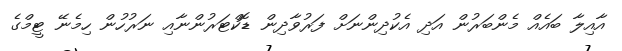
އާއިލާ ބައެއް މެންބަރުން އަދި އެކުދިންނަށް ފަރުވާދިން ޑޮކްޓަރުންނާއި ނަރުހުން ހިމެނޭ ޓީމްގެ